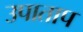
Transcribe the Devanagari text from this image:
उपाताप